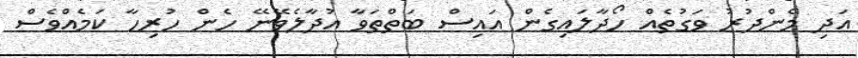
އަދި މެންދުރު ވަގުތެއް ހޯދާލައިގެން އައިސް ބަތްތަވާ އުދާލެވޭނޭ ހެން ހުރިހާ ކަމެއްވެސް